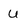
Character: U